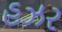
હઝર